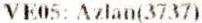
VE05: AZLAN(3737)